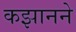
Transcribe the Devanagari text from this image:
कझानने